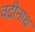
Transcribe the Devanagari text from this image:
वद्रीनाथ